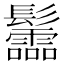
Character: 𩰂